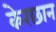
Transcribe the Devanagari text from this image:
केरछान